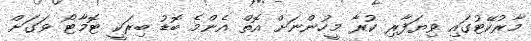
މާރުކޭޓުގައި ވިޔަފާރި ކުރާ މީހުންނަށް އޮތް އެންމެ ބޮޑު ބިރަކީ ޓޮމާޓޯ ވަގަށް